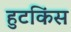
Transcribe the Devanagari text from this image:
हुटकिंस